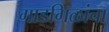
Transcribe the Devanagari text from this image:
गाडगिळांचा